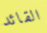
القائد